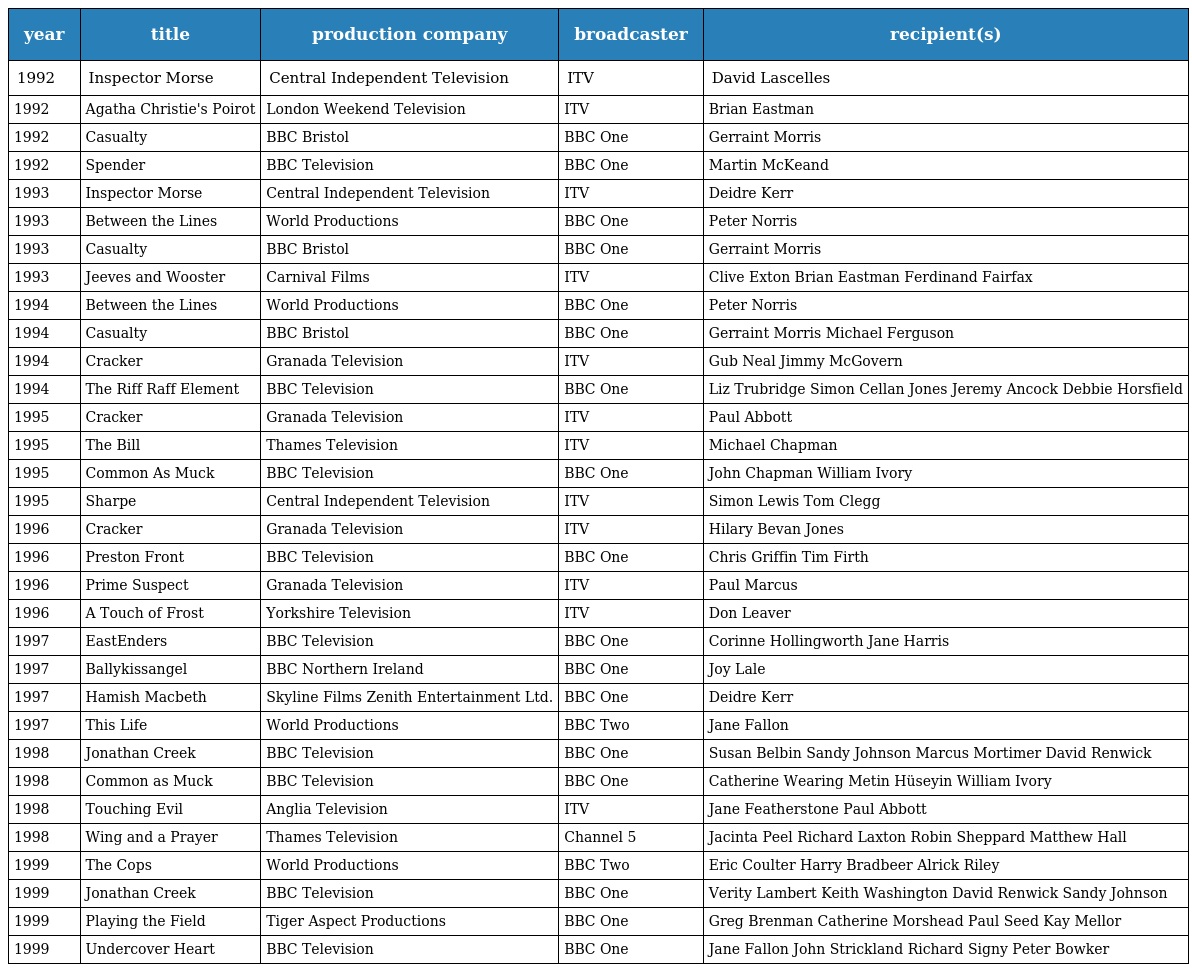
| year | title | production company | broadcaster | recipient(s) |
 | --- | --- | --- | --- | --- |
 | 1992 | Inspector Morse | Central Independent Television | ITV | David Lascelles |
 | 1992 | Agatha Christie's Poirot | London Weekend Television | ITV | Brian Eastman |
 | 1992 | Casualty | BBC Bristol | BBC One | Gerraint Morris |
 | 1992 | Spender | BBC Television | BBC One | Martin McKeand |
 | 1993 | Inspector Morse | Central Independent Television | ITV | Deidre Kerr |
 | 1993 | Between the Lines | World Productions | BBC One | Peter Norris |
 | 1993 | Casualty | BBC Bristol | BBC One | Gerraint Morris |
 | 1993 | Jeeves and Wooster | Carnival Films | ITV | Clive Exton Brian Eastman Ferdinand Fairfax |
 | 1994 | Between the Lines | World Productions | BBC One | Peter Norris |
 | 1994 | Casualty | BBC Bristol | BBC One | Gerraint Morris Michael Ferguson |
 | 1994 | Cracker | Granada Television | ITV | Gub Neal Jimmy McGovern |
 | 1994 | The Riff Raff Element | BBC Television | BBC One | Liz Trubridge Simon Cellan Jones Jeremy Ancock Debbie Horsfield |
 | 1995 | Cracker | Granada Television | ITV | Paul Abbott |
 | 1995 | The Bill | Thames Television | ITV | Michael Chapman |
 | 1995 | Common As Muck | BBC Television | BBC One | John Chapman William Ivory |
 | 1995 | Sharpe | Central Independent Television | ITV | Simon Lewis Tom Clegg |
 | 1996 | Cracker | Granada Television | ITV | Hilary Bevan Jones |
 | 1996 | Preston Front | BBC Television | BBC One | Chris Griffin Tim Firth |
 | 1996 | Prime Suspect | Granada Television | ITV | Paul Marcus |
 | 1996 | A Touch of Frost | Yorkshire Television | ITV | Don Leaver |
 | 1997 | EastEnders | BBC Television | BBC One | Corinne Hollingworth Jane Harris |
 | 1997 | Ballykissangel | BBC Northern Ireland | BBC One | Joy Lale |
 | 1997 | Hamish Macbeth | Skyline Films Zenith Entertainment Ltd. | BBC One | Deidre Kerr |
 | 1997 | This Life | World Productions | BBC Two | Jane Fallon |
 | 1998 | Jonathan Creek | BBC Television | BBC One | Susan Belbin Sandy Johnson Marcus Mortimer David Renwick |
 | 1998 | Common as Muck | BBC Television | BBC One | Catherine Wearing Metin Hüseyin William Ivory |
 | 1998 | Touching Evil | Anglia Television | ITV | Jane Featherstone Paul Abbott |
 | 1998 | Wing and a Prayer | Thames Television | Channel 5 | Jacinta Peel Richard Laxton Robin Sheppard Matthew Hall |
 | 1999 | The Cops | World Productions | BBC Two | Eric Coulter Harry Bradbeer Alrick Riley |
 | 1999 | Jonathan Creek | BBC Television | BBC One | Verity Lambert Keith Washington David Renwick Sandy Johnson |
 | 1999 | Playing the Field | Tiger Aspect Productions | BBC One | Greg Brenman Catherine Morshead Paul Seed Kay Mellor |
 | 1999 | Undercover Heart | BBC Television | BBC One | Jane Fallon John Strickland Richard Signy Peter Bowker |